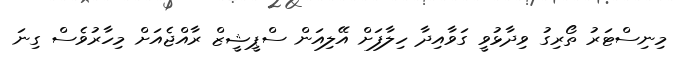
މިނިސްޓަރު ތޯރިގު ވިދާޅުވީ ގަވާއިދާ ހިލާފަށް އޭލިއަން ސްޕީޝީޒް ރާއްޖެއަށް މިހާރުވެސް ގިނަ